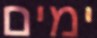
ימים